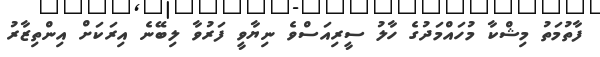
ފާތުމަތު މިޝްކާ މުހައްމަދުގެ ހާލު ސީރިއަސްވެ ނިޔާވީ ފަރުވާ ލިބޭނެ އިރަކަށް އިންތިޒާރު